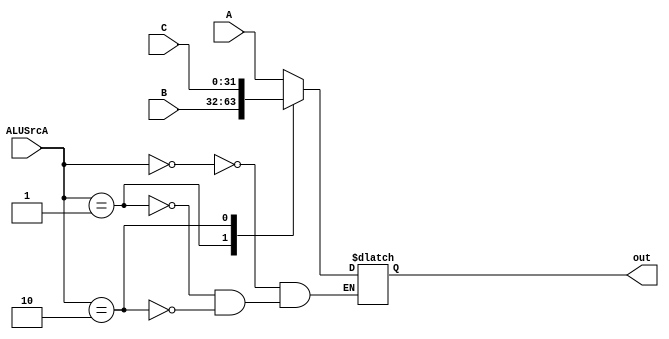
module MUX_A(input [1:0] ALUSrcA,input [31:0]A,input[31:0] B,input[31:0] C,output reg [31:0] out);
always @(*)
begin
    case(ALUSrcA)
    2'b00:out<=A;
    2'b01:out<=B;
    2'b10:out<=C;
    endcase
end

endmodule